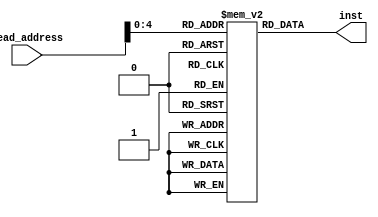
module inst_mem #(parameter n=16)(
    output [n-1:0] inst,
    input [n-1:0] read_address
    );
    reg [n-1:0] rom [20:0];
    
	 //op_codes
	 localparam R_type=4'h0    , 
	           IN    =4'h1    ,
				  OUT   =4'h2    ,
				  JR    =4'h3    ,
				  ADDI  =4'h4    , 
				  ANDI  =4'h5    ,
			     ORI   =4'h6    ,
				  LW    =4'h7    ,
				  SW    =4'h8    ,
				  BEQ   =4'h9    , 
				  BNE   =4'hA    ,
				  J     =4'hB    , 
				  JAL   =4'hC    ,
				  NOP   =4'hE    ,
				  HALT  =4'hF    ;

	//R_TYPE_FUNCTIONS
	localparam ADD_func=3'b000  , 
	           SUB_func=3'b001  , 
				  AND_func=3'b010  , 
				  OR_func=3'b011   , 
				  NOR_func=3'b100  ,
			     XOR_func=3'b101  , 
				  SLL_func=3'b110  , 
				  SRL_func=3'b111  ;  
   			  
 //register file addresses   
	localparam R0=3'b000  ,
	           R1=3'b001  , 
				  R2=3'b010 , 
				  R3=3'b011 , 
				  R4=3'b100 ,
			     R5=3'b101 , 
				  R6=3'b110 , 
				  R7=3'b111 ;  
			 
	 
	  


 initial
  begin

	//check load 
	rom[16'h0] = {LW,R0,R0,6'b000001};//load "1" in register 0
	rom[16'h1] = {LW,R1,R1,6'b000001};//load "1" in register 1
	
	
	rom[16'h2] = {BEQ,R0,R1,6'b000001};
	rom[16'h3] = {NOP,R0,R0,R0,R0};
	rom[16'h4] = {ADDI,R2,R0,6'b000001};//R0=2
	rom[16'h5] = {BNE,R0,R1,6'b000001};
	rom[16'h3] = {NOP,R0,R0,R0,R0};
	rom[16'h4] = {ADDI,R2,R0,6'b000001};//R0=3
	rom[16'h5] = {J,12'b000000001000}; //jump to instruction 8 
	rom[16'h6] = {NOP,R0,R0,R0,R0};
	rom[16'h7] = {NOP,R0,R0,R0,R0};
	rom[16'h8] = {ADDI,R2,R0,6'b000001};//R0=4
	rom[16'h9] = {JR,12'b000000001011};
	rom[16'h10] = {NOP,R0,R0,R0,R0};
	rom[16'h11] = {ADDI,R2,R0,6'b000001};//R0=5
	rom[16'h12] = {JAL,12'b000000001110};
	rom[16'h13] = {NOP,R0,R0,R0,R0};
	rom[16'h14] = {JR,R0,R0,R0,R0};// go to BNE in mem[5] and will not branch
	
	
	
	
	
	
	
	
	/* //check the alu 8 R_TYPE FUNCTIONS
	rom[16'h2] = {R_type,R1,R0,R2,ADD_func};//3 in R2?
	
	rom[16'h3] = {R_type,R1,R0,R3,SUB_func};//1 in R3?
	rom[16'h4] = {R_type,R1,R0,R4,AND_func};//0 in R4?
	rom[16'h5] = {R_type,R1,R0,R5,OR_func};//3 in R5?
	rom[16'h6] = {R_type,R1,R0,R6,NOR_func};//252 in R6?
	rom[16'h7] = {R_type,R1,R0,R7,XOR_func};//3 in R7?
	rom[16'h8] = {R_type,R1,R0,R0,SLL_func};//2 in R0?
	rom[16'h9]= {R_type,R0,R1,R1,SRL_func};//4 in R1?
	 *///check I_TYPE INSTRUCTIONS(ADDI ANDI ORI)
	
	//store in R1(RT) = [R0=RS]
/* 	rom[16'hA]= {ADDI,R0,R1,6'b0};//2 in R0?(mem[2])?
	rom[16'hB]= {ANDI,R2,R1,6'b0};//store 0 in R2
	rom[16'hC]= {ORI,R3,R1,6'b0};
	//check store
	rom[16'hD]= {SW,R2,R6,6'b1}; //mem[1]=252?
	//IN&out ports
	rom[16'hE]= {IN,R5,R5,R5,R5}; //R5=IN_PORT?
   rom[16'hF]= {OUT,R5,R5,R5,R5};
	rom[16'h10]= {NOP,R0,R0,R0,R0};//pc increment
   rom[16'h11]= {NOP,R0,R0,R0,R0};//pc increment
   //???? ??????
	rom[16'h12]= {HALT,12'b0};//STOP	
  */end


    assign   inst = rom[read_address];
endmodule